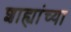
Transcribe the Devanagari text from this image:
शाह्यांच्या